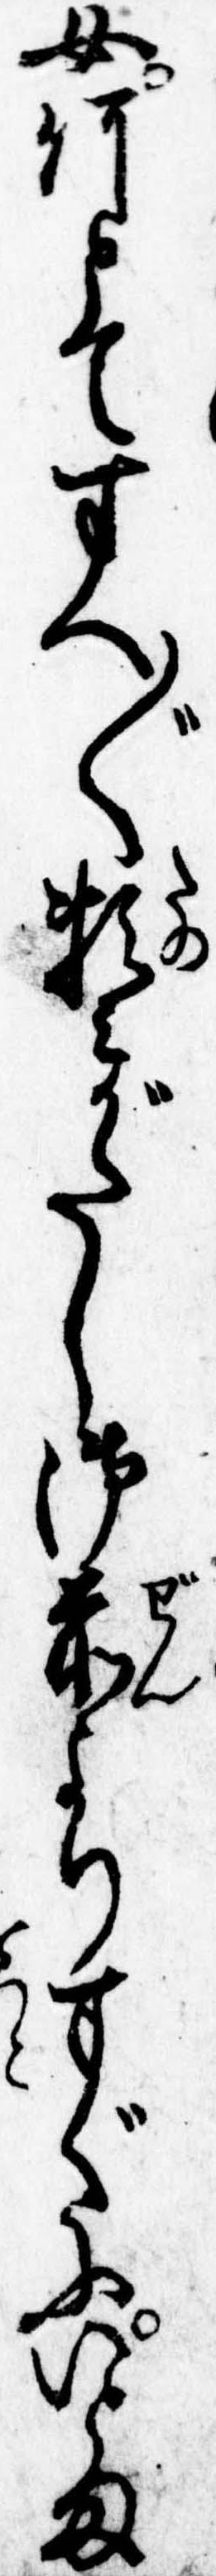
女何とてすへ〲頼みがたし御前よりすぐにいとま